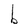
Character: b